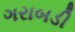
ગરાબડી